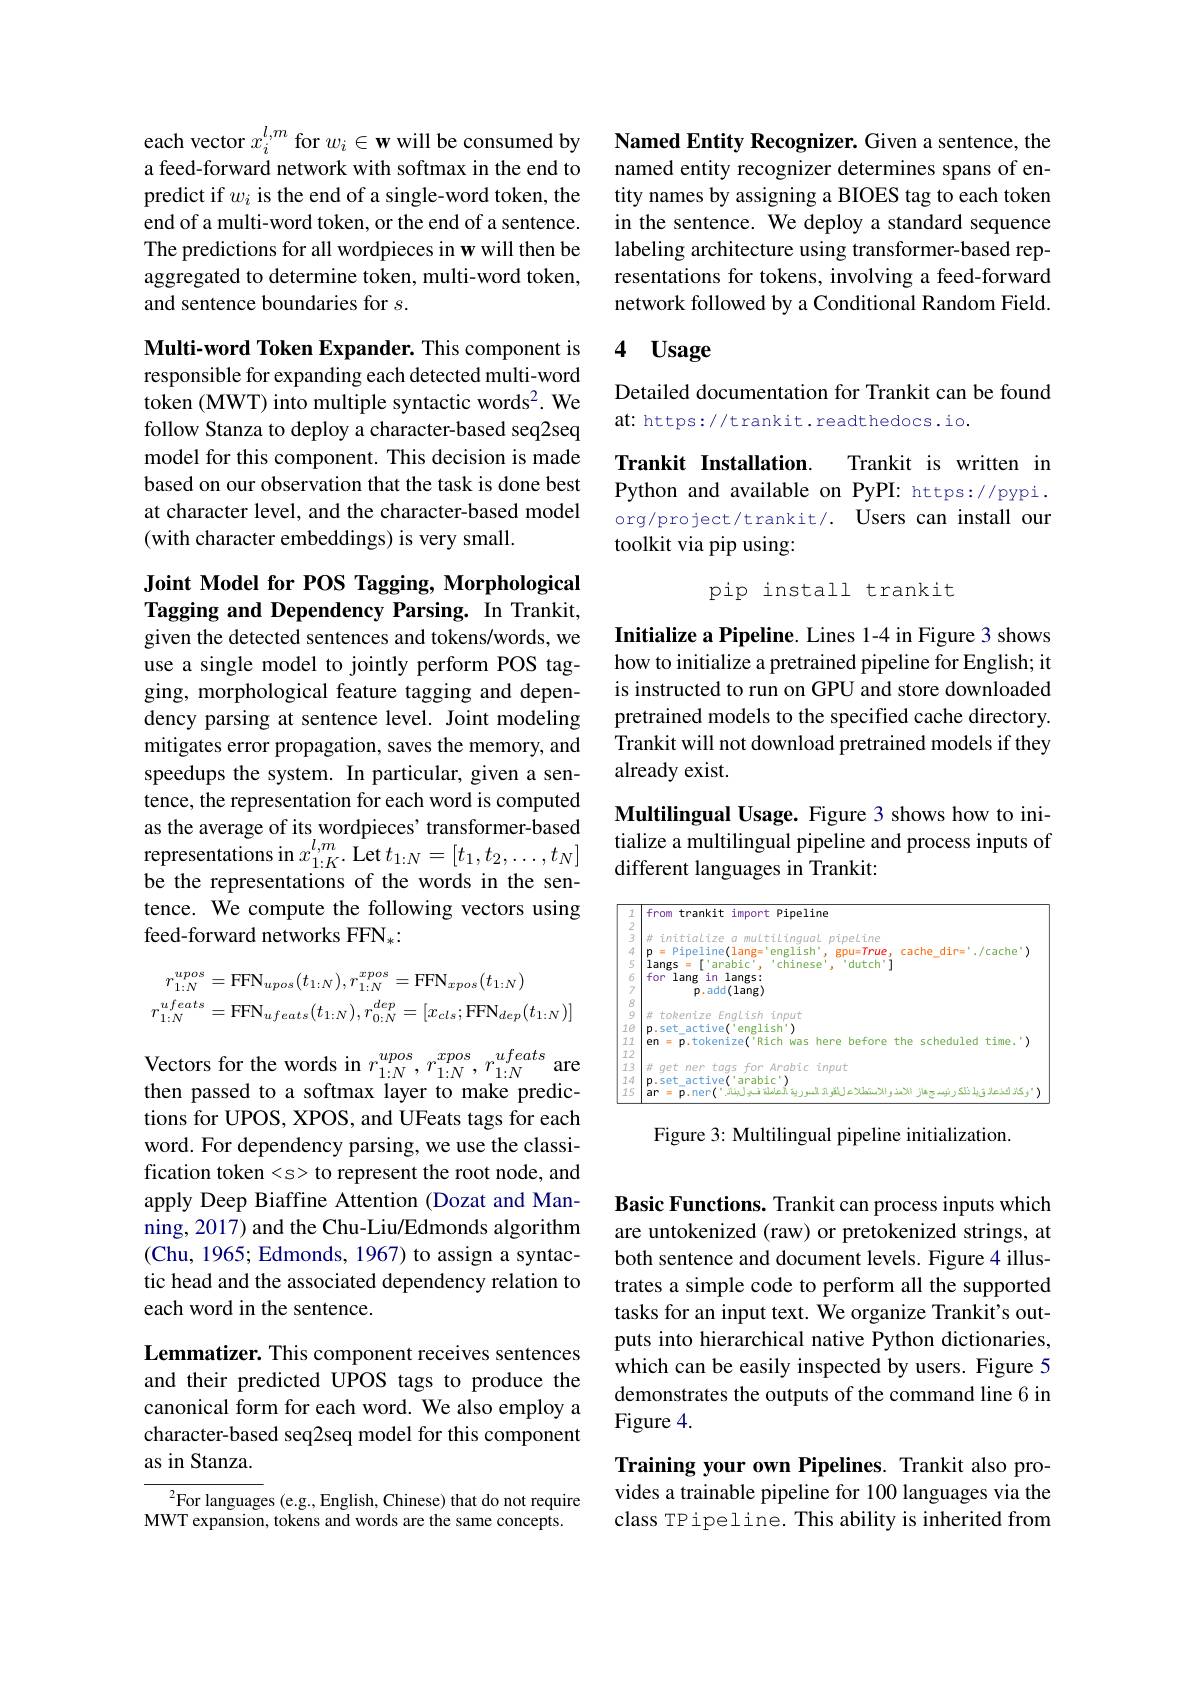
each vector $x_i^{l,m}$ for $w_i\in\mathbf{w}$ will be consumed by a feed-forward network with softmax in the end to predict if $w_i$ is the end of a single-word token, the end of a multi-word token, or the end of a sentence. The predictions for all wordpieces in w will then be aggregated to determine token, multi-word token, and sentence boundaries for $s.$

Multi-word Token Expander. This component is responsible for expanding each detected multi-word token (MWT) into multiple syntactic words$^2.$ We follow Stanza to deploy a character-based seq2seq model for this component. This decision is made based on our observation that the task is done best at character level, and the character-based model (with character embeddings) is very small.

## Joint Model for POS Tagging, Morphological Tagging and Dependency Parsing. In Trankit, given the detected sentences and tokens/words, we

use a single model to jointly perform POS tagging, morphological feature tagging and dependency parsing at sentence level. Joint modeling mitigates error propagation, saves the memory, and speedups the system. In particular, given a sentence, the representation for each word is computed as the average of its wordpieces' transformer-based representations in $x_{1:K}^{l,m}.$ Let $t_1:N=[t_1,t_2,\ldots,t_N]$ be the representations of the words in the sentence. We compute the following vectors using feed-forward networks FFN$_*:$
$$\begin{aligned}r_{1:N}^{upos}&=\mathrm{FFN}_{upos}(t_{1:N}),r_{1:N}^{xpos}=\mathrm{FFN}_{xpos}(t_{1:N})\\r_{1:N}^{ufeats}&=\mathrm{FFN}_{ufeats}(t_{1:N}),r_{0:N}^{dep}=[x_{cls};\mathrm{FFN}_{dep}(t_{1:N})]\end{aligned}$$
Vectors for the words in $r_{1:N}^{upos},r_{1:N}^{xpos},r_{1:N}^{ufeats}$ are then passed to a softmax layer to make predictions for UPOS, XPOS, and UFeats tags for each word. For dependency parsing, we use the classification token
 to represent the root node, and apply Deep Biaffine Attention (Dozat and Manning, 2017) and the Chu-Liu/Edmonds algorithm (Chu, 1965; Edmonds, 1967) to assign a syntactic head and the associated dependency relation to each word in the sentence.

Lemmatizer. This component receives sentences and their predicted UPOS tags to produce the canonical form for each word. We also employ a character-based seq2seq model for this component as in Stanza.

${}_{\mathrm{VT}}^{2}$For languages (e.g., English, Chinese) that do not require MWT expansion, tokens and words are the same concepts.

Named Entity Recognizer. Given a sentence, the named entity recognizer determines spans of entity names by assigning a BIOES tag to each token in the sentence. We deploy a standard sequence labeling architecture using transformer-based representations for tokens, involving a feed-forward network followed by a Conditional Random Field.

# 4 $\mathbf{Usage}$

Detailed documentation for Trankit can be found
at: https://trankit.readthedocs.io.

Trankit Installation
Trankit is written in
Python and available on PyPI: https://pypi. org/project/trankit/. Users can install our toolkit via pip using:
pip install trankit

Initialize a Pipeline. Lines 1-4 in Figure 3 shows how to initialize a pretrained pipeline for English; it is instructed to run on GPU and store downloaded pretrained models to the specified cache directory. Trankit will not download pretrained models if they already exist.

Multilingual Usage. Figure 3 shows how to initialize a multilingual pipeline and process inputs of different languages in Trankit:

<FigureHere>

Figure 3: Multilingual pipeline initialization.

Basic Functions. Trankit can process inputs which are untokenized (raw) or pretokenized strings, at both sentence and document levels. Figure 4 illustrates a simple code to perform all the supported tasks for an input text. We organize Trankit's outputs into hierarchical native Python dictionaries, which can be easily inspected by users. Figure 5 demonstrates the outputs of the command line 6 in Figure 4.

Training your own Pipelines. Trankit also provides a trainable pipeline for 100 languages via the class TP ipel ine. This ability is inherited from